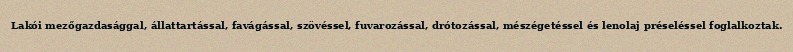
Lakói mezőgazdasággal, állattartással, favágással, szövéssel, fuvarozással, drótozással, mészégetéssel és lenolaj préseléssel foglalkoztak.